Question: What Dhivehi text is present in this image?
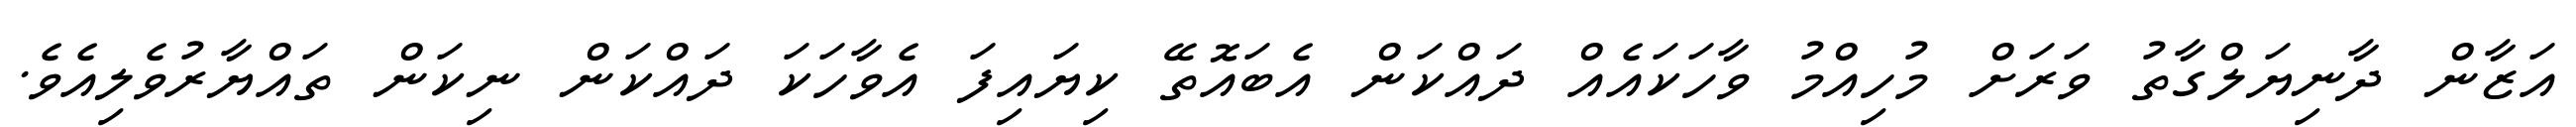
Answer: އަޒާން ދާނިޔަލްގާތު ވަރަށް މުހިއްމު ވާހަކައެއް ދައްކަން އެބައޮތޭ ކިޔައިފަ އެވާހަކަ ދައްކަން ނިކަން ތައްޔާރުވެލިއެވެ.